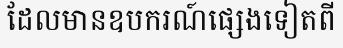
ដែលមានឧបករណ៍ផ្សេងទៀតពី